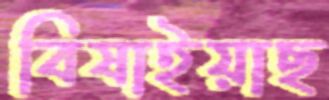
বিষাইয়াছ